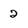
Character: 2